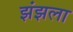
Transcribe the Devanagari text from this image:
झंझला